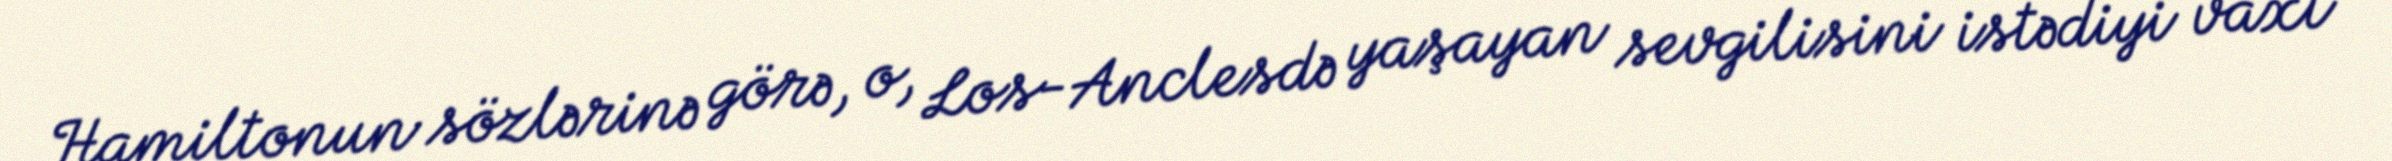
Hamiltonun sözlərinə görə, o, Los-Anclesdə yaşayan sevgilisini istədiyi vaxt